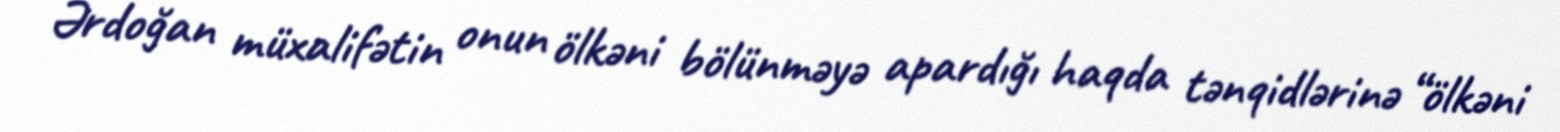
Ərdoğan müxalifətin onun ölkəni bölünməyə apardığı haqda tənqidlərinə “ölkəni